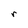
Character: r